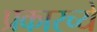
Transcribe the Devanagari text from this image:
प्रकारच्ये